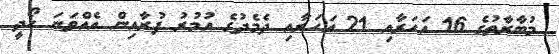
މުބާރާތުގެ 16 އަހަރާއި 21 އަހަރާއި ދެމެދުގެ އުމުރު ފުރާއިން އެއްވަނަ ހޯދީ